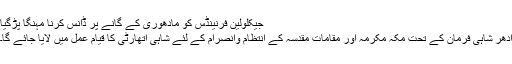
جیکلولین فرنینڈس کو مادھوری کے گانے پر ڈانس کرنا مہنگا پڑگیا
ادھر شاہی فرمان کے تحت مکہ مکرمہ اور مقامات مقدسہ کے انتظام وانصرام کے لئے شاہی اتھارٹی کا قیام عمل میں لایا جائے گا۔